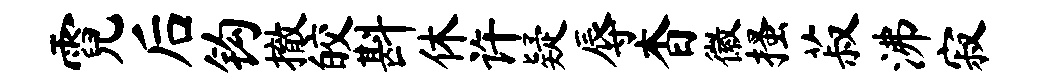
霓后钩撤皎斟休许疑辱杳徽搔菽沸寂